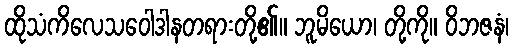
ထိုသံကိလေသဝေါဒါနတရားတို့၏။ ဘူမိယော၊ တို့ကို။ ဝိဘဇနံ၊